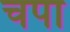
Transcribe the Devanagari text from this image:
चपा